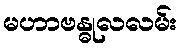
မဟာဗန္ဓုလလမ်း